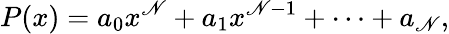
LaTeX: P(x)=a_{0}x^{\mathscr{N}}+a_{1}x^{\mathscr{N}-1}+\cdots+a_{\mathscr{N}},